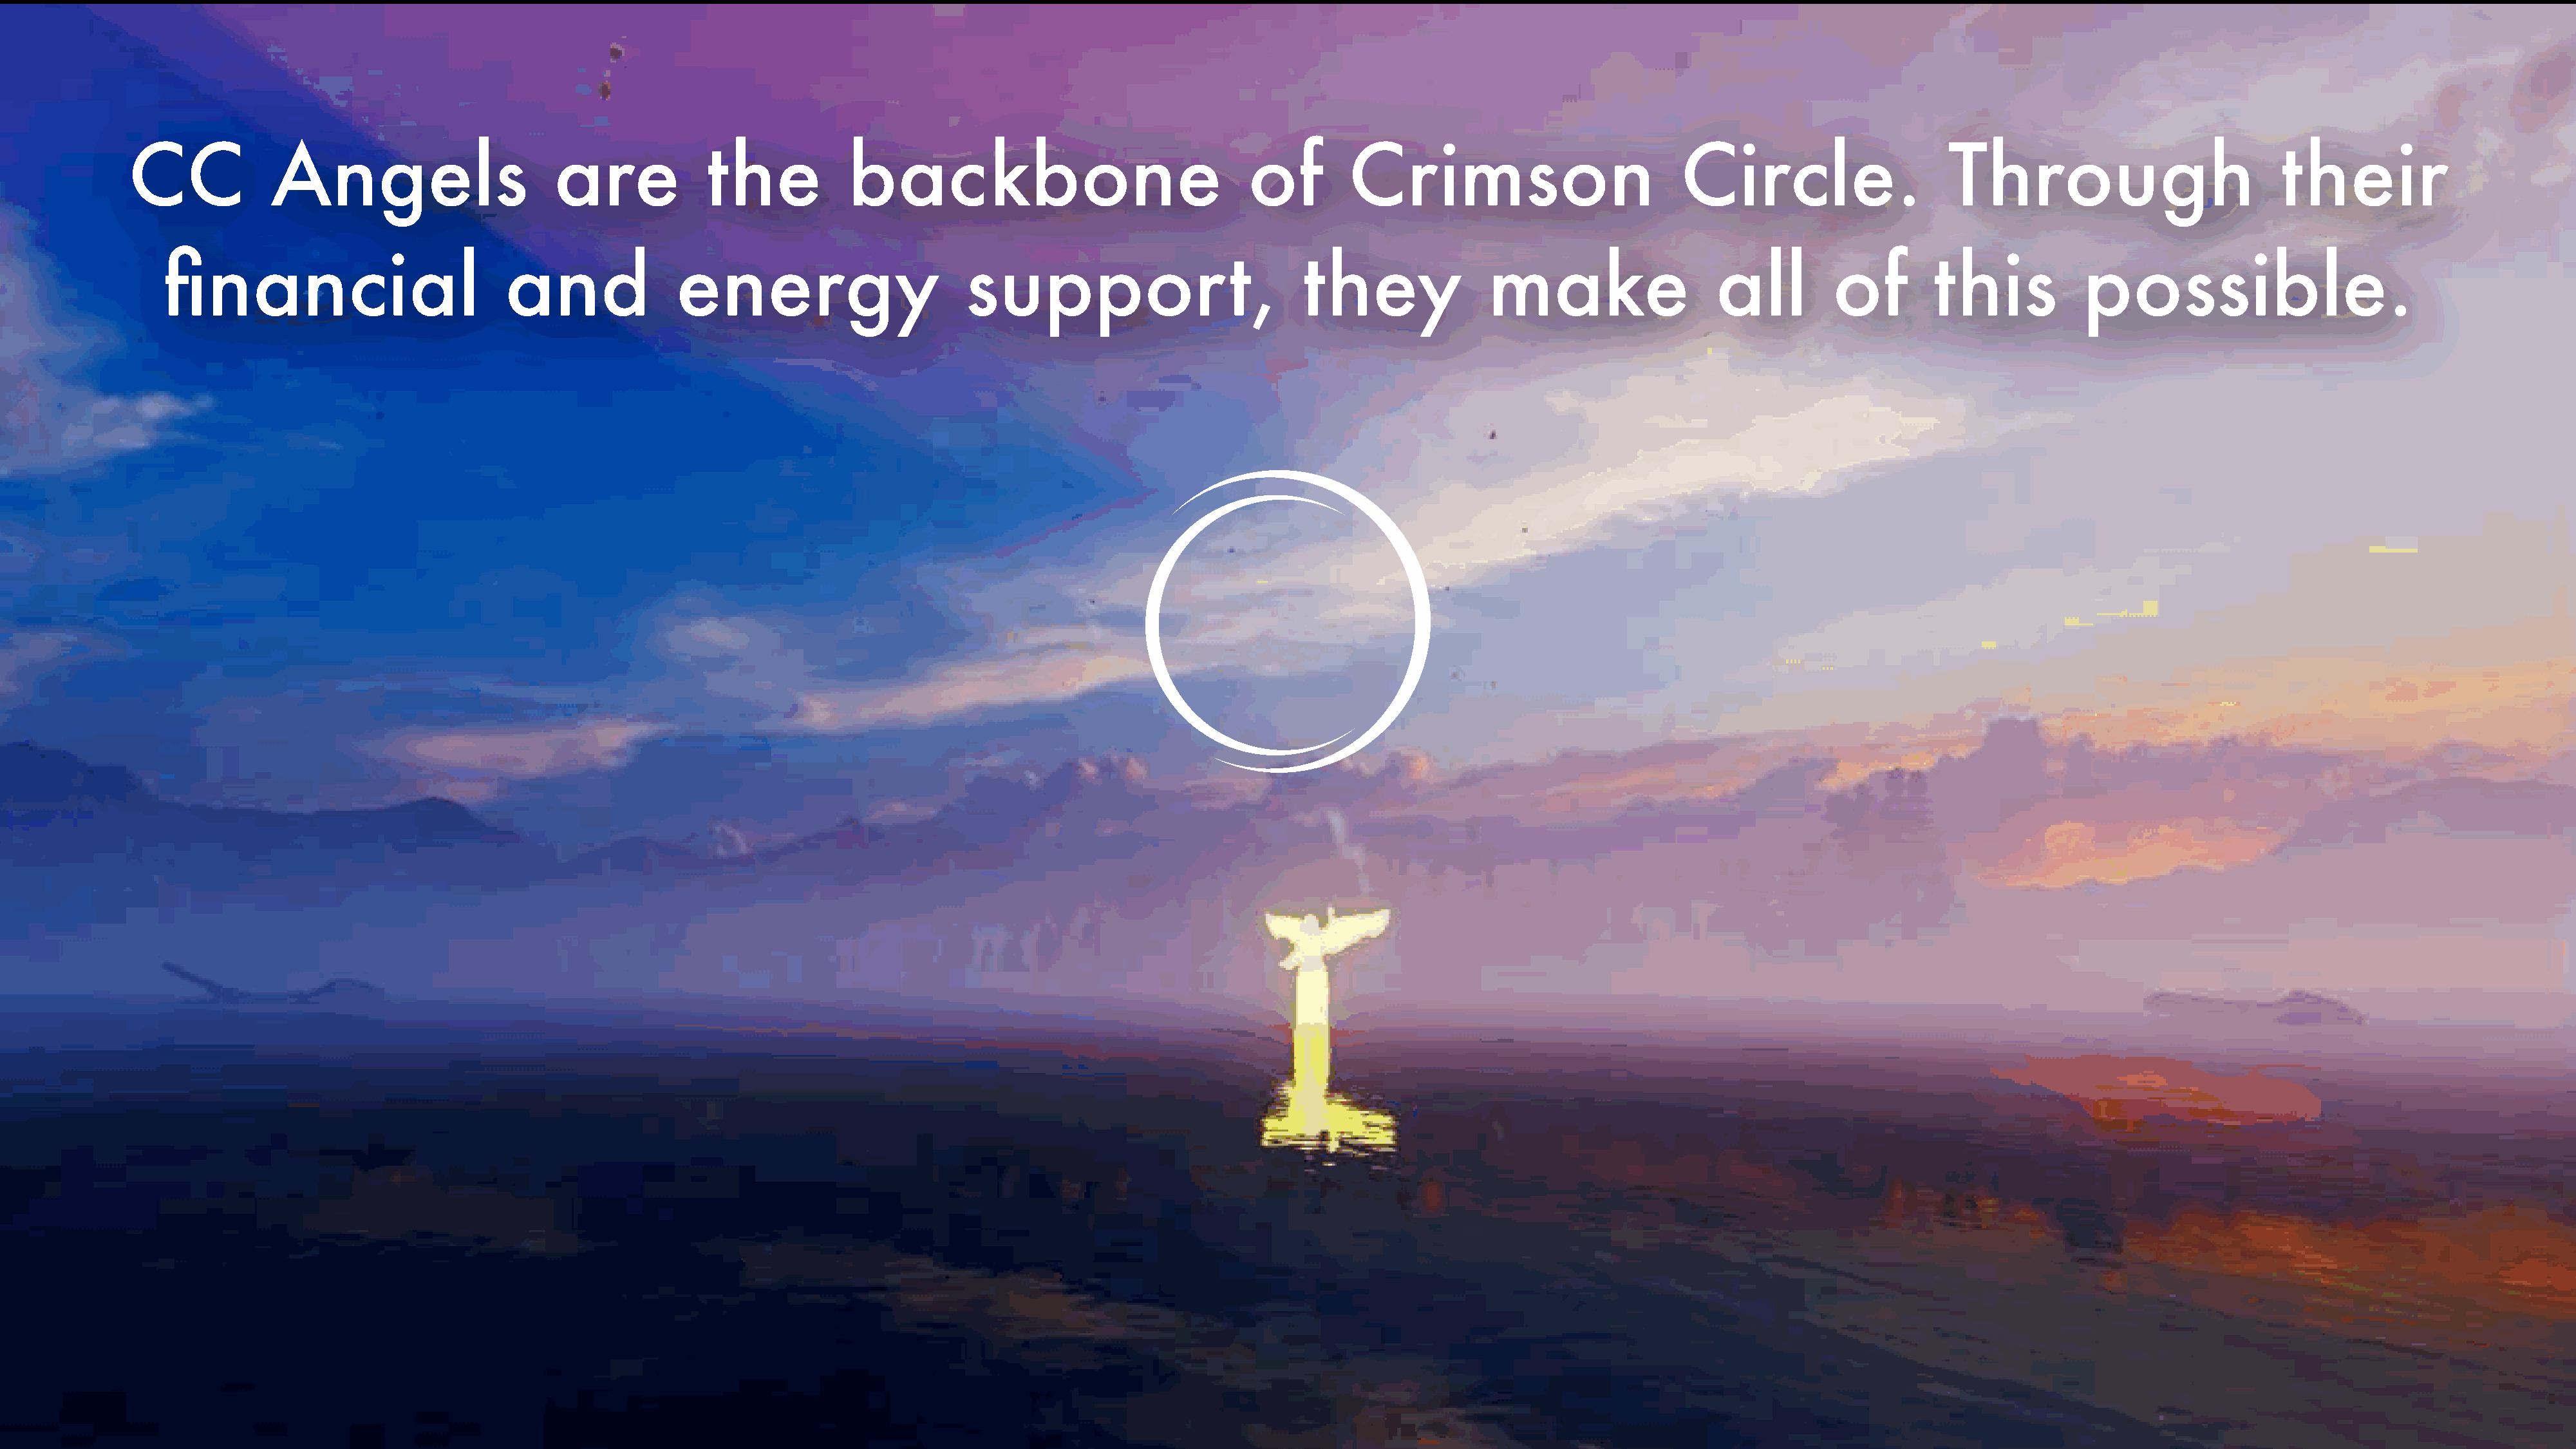
CC             Angels                       are             the           backbone                                 of         Crimson                           Circle.                    Through                           their
 financial                          and              energy                        support,                           they               make                   all         of         this           possible.